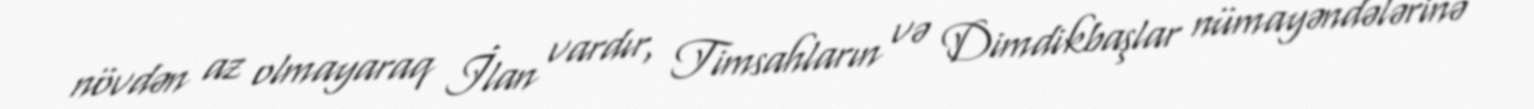
növdən az olmayaraq İlan vardır, Timsahların və Dimdikbaşlar nümayəndələrinə